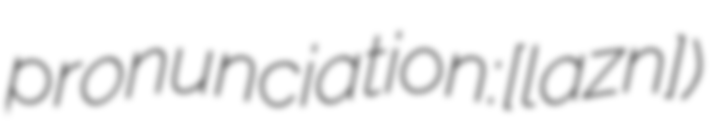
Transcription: pronunciation: [ʐɛˈlaznɨ])